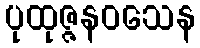
ပုထုဇ္ဇနဝသေန